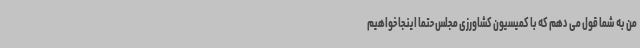
من به شما قول می دهم که با کمیسیون کشاورزی مجلس حتما اینجا خواهیم